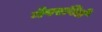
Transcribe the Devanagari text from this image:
नेपरविले